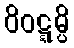
ဝိဝဋ္ဋမ္ပိ